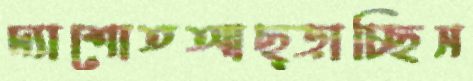
দ্যাশোতআছ্‌ড়াচ্ছিস